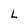
Character: L